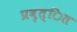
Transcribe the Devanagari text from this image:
प्रवृत्ित